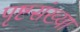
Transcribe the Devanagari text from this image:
पृष्टसंख्या